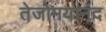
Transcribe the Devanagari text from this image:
तेजोमयानंद